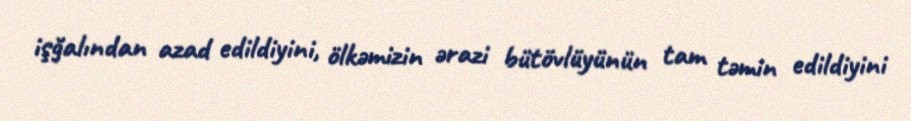
işğalından azad edildiyini, ölkəmizin ərazi bütövlüyünün tam təmin edildiyini